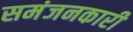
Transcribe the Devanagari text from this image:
समंजनकारी